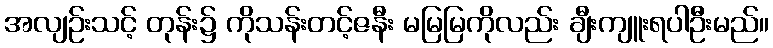
အလျဉ်းသင့် တုန်း၌ ကိုသန်းတင့်ဇနီး မမြမြကိုလည်း ချီးကျူးရပါဦးမည်။